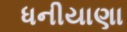
ધનીયાણા